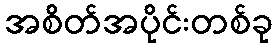
အစိတ်အပိုင်းတစ်ခု